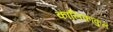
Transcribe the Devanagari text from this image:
कालिकाकुल